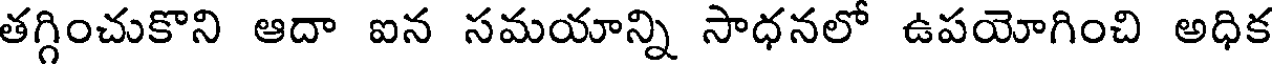
తగ్గించుకొని ఆదా ఐన సమయాన్ని సాధనలో ఉపయోగించి అధిక